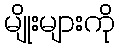
မျိုးများကို